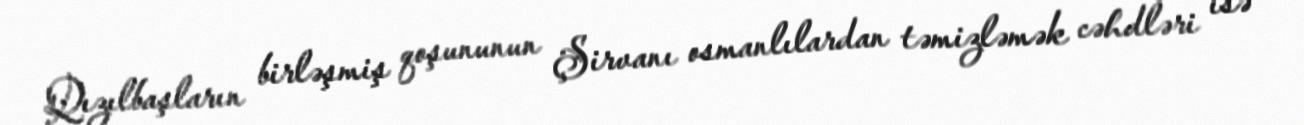
Qızılbaşların birləşmiş qoşununun Şirvanı osmanlılardan təmizləmək cəhdləri isə